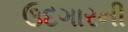
ઉદગારની